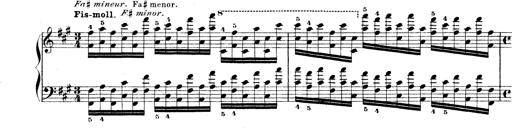
Title: Technische Studien
Composer: Franz Liszt